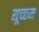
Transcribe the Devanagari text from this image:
सूच्‍छम